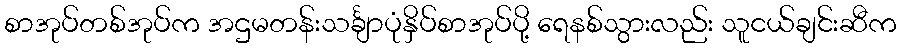
စာအုပ်တစ်အုပ်က အဌမတန်းသင်္ချာပုံနှိပ်စာအုပ်ပို့ ရေနစ်သွားလည်း သူငယ်ချင်းဆီက